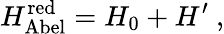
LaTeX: H_{\mathrm{Abel}}^{\mathrm{red}}=H_{0}+H^{\prime}~,